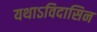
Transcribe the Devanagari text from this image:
यथाऽविदासिन